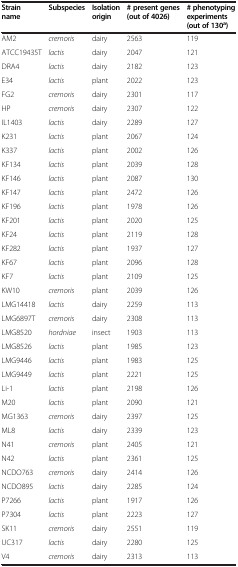
<table><thead><tr><td><b>Strain name</b></td><td><b>Subspecies</b></td><td><b>Isolation origin</b></td><td><b># present genes (out of 4026)</b></td><td><b># phenotyping experiments (out of 130<sup>a</sup>)</b></td></tr></thead><tbody><tr><td>AM2</td><td><i>cremoris</i></td><td>dairy</td><td>2563</td><td>119</td></tr><tr><td>ATCC19435T</td><td><i>lactis</i></td><td>dairy</td><td>2047</td><td>121</td></tr><tr><td>DRA4</td><td><i>lactis</i></td><td>dairy</td><td>2182</td><td>123</td></tr><tr><td>E34</td><td><i>lactis</i></td><td>plant</td><td>2022</td><td>123</td></tr><tr><td>FG2</td><td><i>cremoris</i></td><td>dairy</td><td>2301</td><td>117</td></tr><tr><td>HP</td><td><i>cremoris</i></td><td>dairy</td><td>2307</td><td>122</td></tr><tr><td>IL1403</td><td><i>lactis</i></td><td>dairy</td><td>2289</td><td>127</td></tr><tr><td>K231</td><td><i>lactis</i></td><td>plant</td><td>2067</td><td>124</td></tr><tr><td>K337</td><td><i>lactis</i></td><td>plant</td><td>2002</td><td>126</td></tr><tr><td>KF134</td><td><i>lactis</i></td><td>plant</td><td>2039</td><td>128</td></tr><tr><td>KF146</td><td><i>lactis</i></td><td>plant</td><td>2087</td><td>130</td></tr><tr><td>KF147</td><td><i>lactis</i></td><td>plant</td><td>2472</td><td>126</td></tr><tr><td>KF196</td><td><i>lactis</i></td><td>plant</td><td>1978</td><td>126</td></tr><tr><td>KF201</td><td><i>lactis</i></td><td>plant</td><td>2020</td><td>125</td></tr><tr><td>KF24</td><td><i>lactis</i></td><td>plant</td><td>2119</td><td>128</td></tr><tr><td>KF282</td><td><i>lactis</i></td><td>plant</td><td>1937</td><td>127</td></tr><tr><td>KF67</td><td><i>lactis</i></td><td>plant</td><td>2096</td><td>128</td></tr><tr><td>KF7</td><td><i>lactis</i></td><td>plant</td><td>2109</td><td>125</td></tr><tr><td>KW10</td><td><i>cremoris</i></td><td>plant</td><td>2039</td><td>126</td></tr><tr><td>LMG14418</td><td><i>lactis</i></td><td>dairy</td><td>2259</td><td>113</td></tr><tr><td>LMG6897T</td><td><i>cremoris</i></td><td>dairy</td><td>2308</td><td>113</td></tr><tr><td>LMG8520</td><td><i>hordniae</i></td><td>insect</td><td>1903</td><td>113</td></tr><tr><td>LMG8526</td><td><i>lactis</i></td><td>plant</td><td>1985</td><td>123</td></tr><tr><td>LMG9446</td><td><i>lactis</i></td><td>plant</td><td>1983</td><td>125</td></tr><tr><td>LMG9449</td><td><i>lactis</i></td><td>plant</td><td>2221</td><td>125</td></tr><tr><td>Li-1</td><td><i>lactis</i></td><td>plant</td><td>2198</td><td>126</td></tr><tr><td>M20</td><td><i>lactis</i></td><td>plant</td><td>2090</td><td>121</td></tr><tr><td>MG1363</td><td><i>cremoris</i></td><td>dairy</td><td>2397</td><td>125</td></tr><tr><td>ML8</td><td><i>lactis</i></td><td>dairy</td><td>2339</td><td>123</td></tr><tr><td>N41</td><td><i>cremoris</i></td><td>plant</td><td>2405</td><td>121</td></tr><tr><td>N42</td><td><i>lactis</i></td><td>plant</td><td>2361</td><td>125</td></tr><tr><td>NCDO763</td><td><i>cremoris</i></td><td>dairy</td><td>2414</td><td>126</td></tr><tr><td>NCDO895</td><td><i>lactis</i></td><td>dairy</td><td>2285</td><td>124</td></tr><tr><td>P7266</td><td><i>lactis</i></td><td>plant</td><td>1917</td><td>126</td></tr><tr><td>P7304</td><td><i>lactis</i></td><td>plant</td><td>2223</td><td>127</td></tr><tr><td>SK11</td><td><i>cremoris</i></td><td>dairy</td><td>2551</td><td>119</td></tr><tr><td>UC317</td><td><i>lactis</i></td><td>dairy</td><td>2280</td><td>125</td></tr><tr><td>V4</td><td><i>cremoris</i></td><td>dairy</td><td>2313</td><td>113</td></tr></tbody></table>